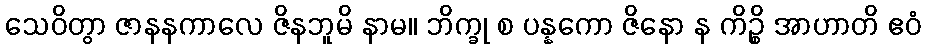
သေဝိတွာ ဇာနနကာလေ ဇိနဘူမိ နာမ။ ဘိက္ခု စ ပန္နကော ဇိနော န ကိဉ္စိ အာဟာတိ ဧဝံ